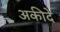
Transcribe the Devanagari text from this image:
अकीदे